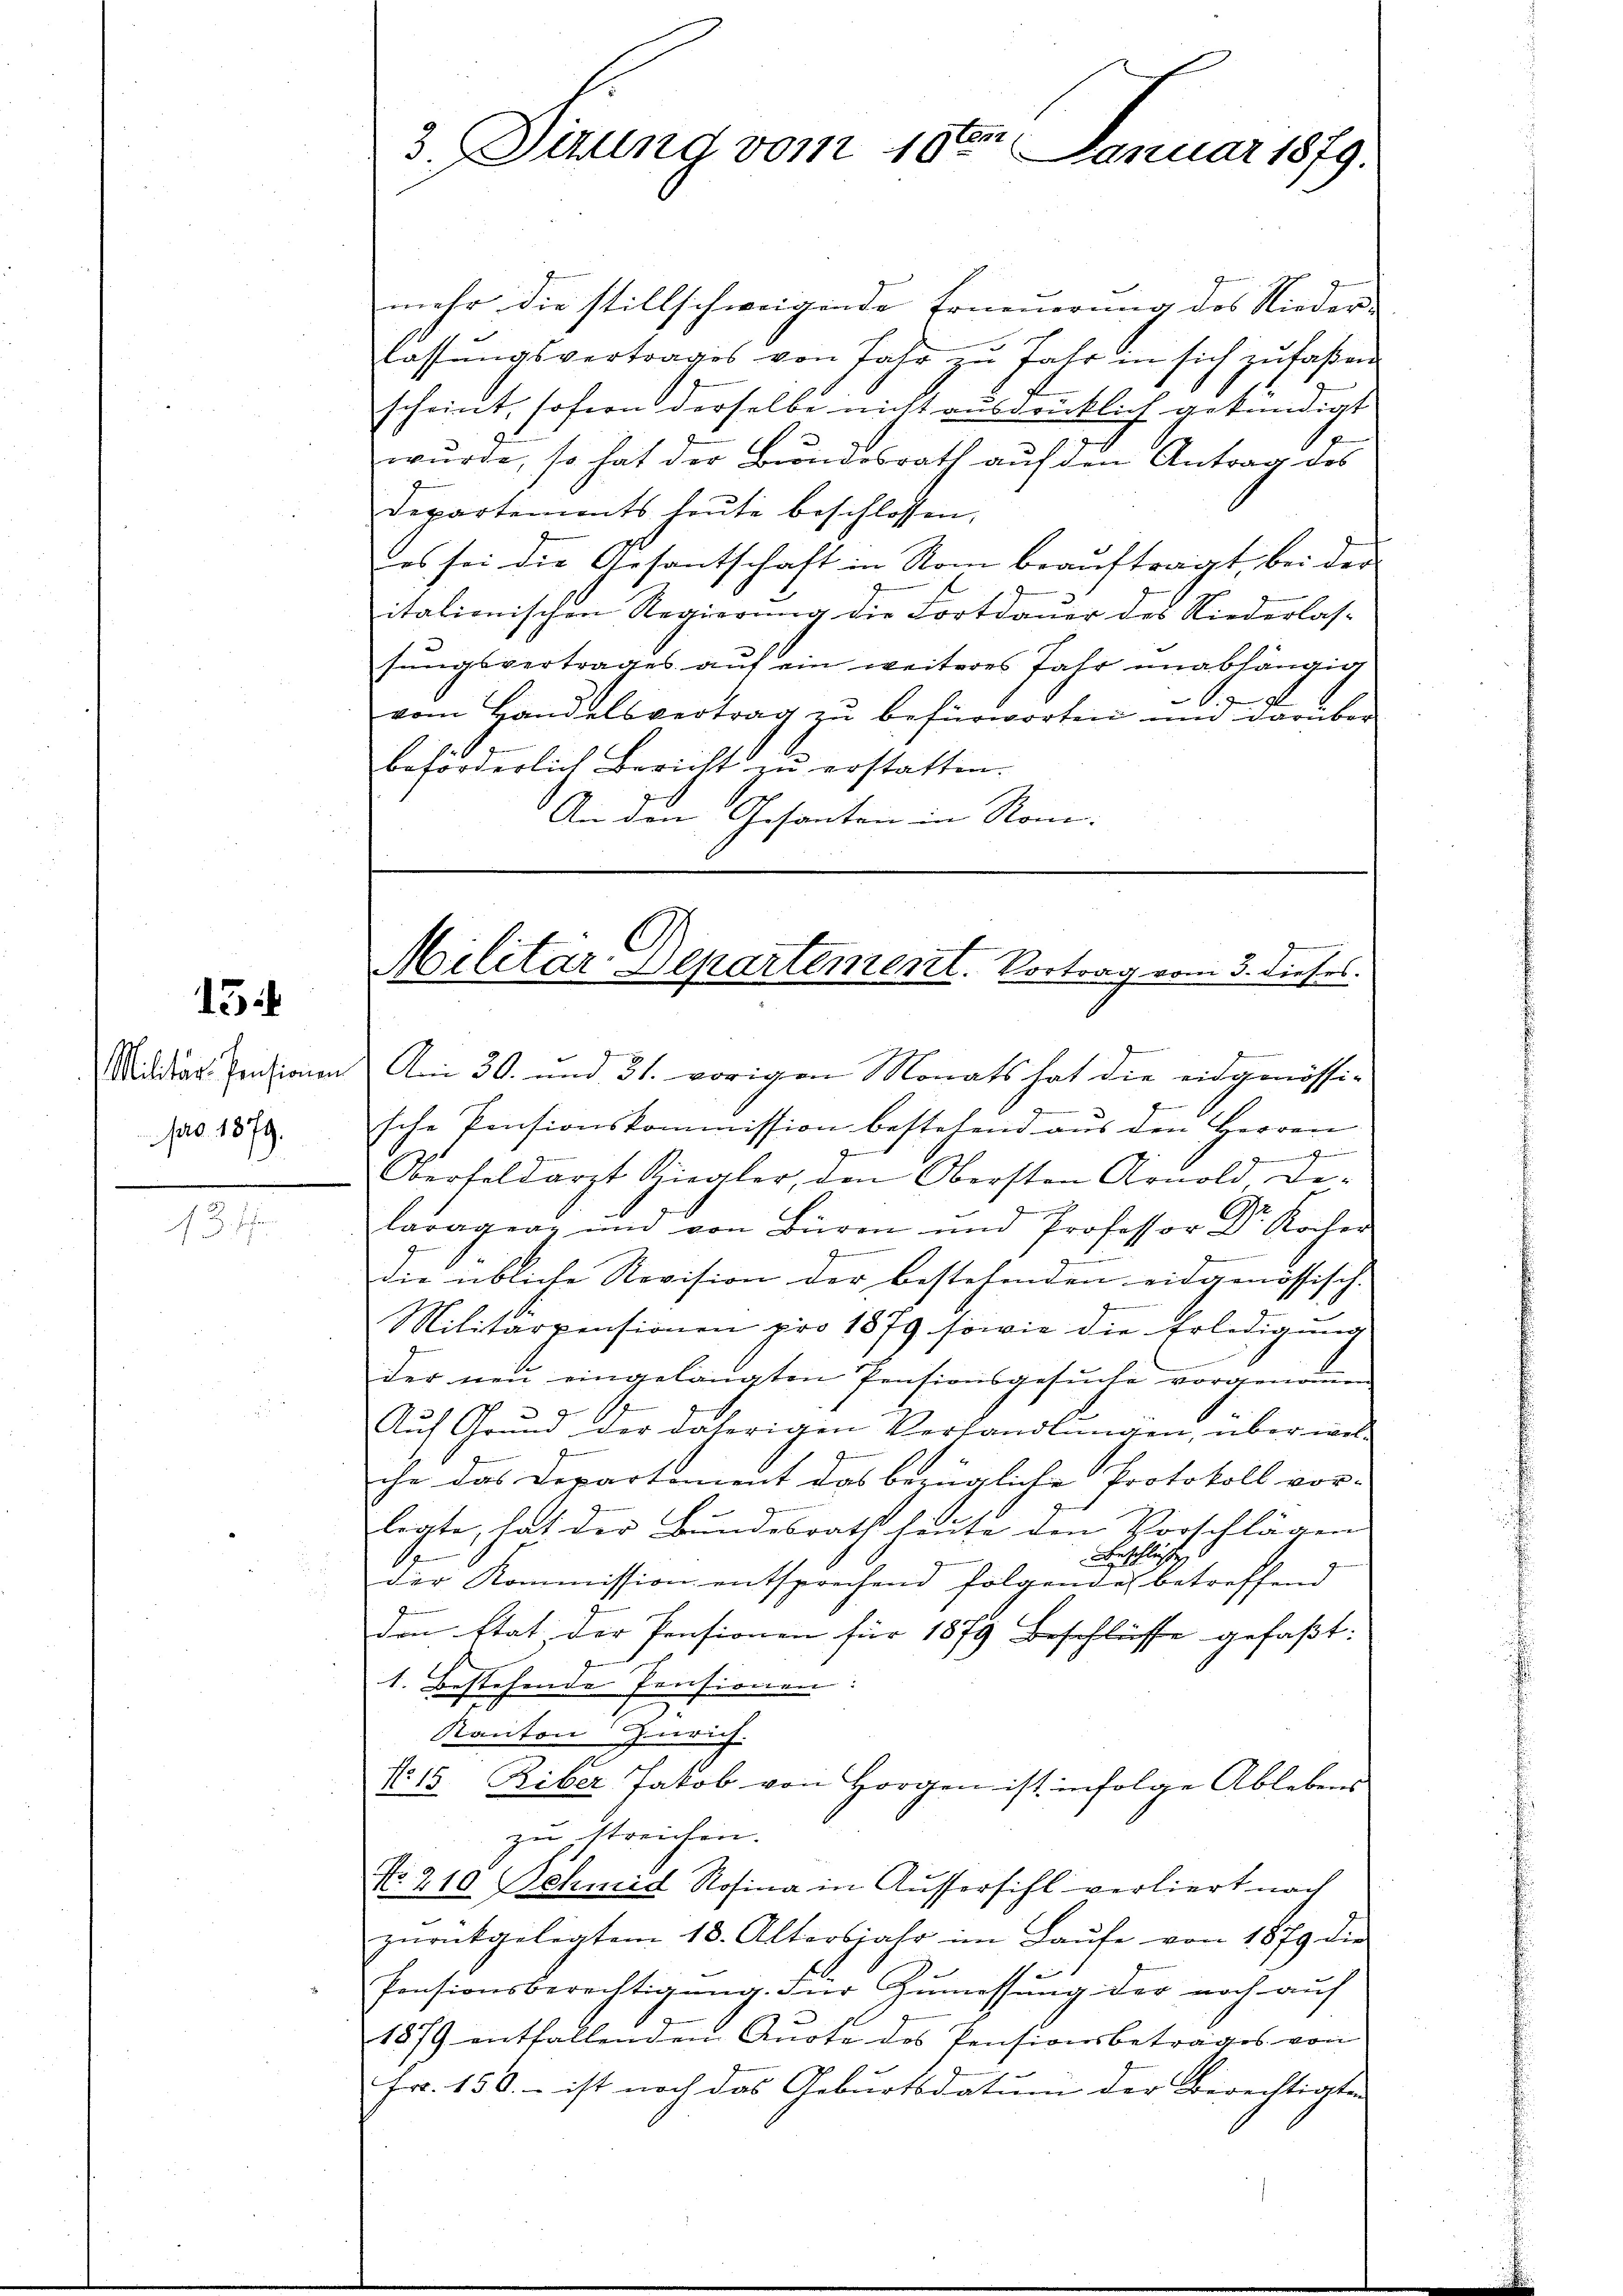
13

pro 1879.

13 f

E
3. Situng vom 10. Januar 1879.

mehr die stillschweigende Erneuerung des Nieder-
lassŭngsvertrages von Jahr zu Jahr in sich zufaßen
scheint, sofern derselbe nicht ausdrücklich gekündigt
wurde, so hat der Bundesrath auf den Antrag des
Departements heŭte beschlossen,
es sei die Gesantschaft in Nom beauftragt, bei der
italienischen Regierung die Fortdauer des Niederlas-
sungsvertrages auf ein weiteres Jahr unabhängig
.
vom Handelsvertrag zŭ befürworten und darüber
beförderlich Bericht zu erstatten.
An den Gesanten in Rom.

7
Militar Departement. Vortrag vom 3. dieses.

Militar-Pensionen Am 30. und 31. vorigen Monats hat die eidgenössi-
sche Pensionskommission bestehend aus den Herren

Oberfeldarzt Kiegler, den Obersten Arnold Delaragen, und von Büren und Professor Dr. Kocher
.
E
die übliche Revision der bestehenden eidgenössisch-
Militärpensionen pro 1879 sowie die Erledigung
der neu eingelangten Pensionsgesuche vorgenomen
Auf Grund der daherigen Verhandlungen, über wis
che das Departement das bezügliche Protokoll vor-
legte, hat der Bundesrath heute den Vorschlägen |
Beschliessen
1
der Kommission entsprechend folgende betreffend
den Etat, der Pensionen für 1879 Beschlüsse gefaßt:
1. bestehende Pensionen:
Kanton Zürich.
No 15 Riber Jakob von Horgen ist infolge Ablebens
zu streichen.
No. 210. Schmid Rosina in Aussersihl verliert nach
zŭrückgelegtem 18. Altersjahr im Laŭfe von 1879 die
Pensionsberechtigŭng. Für Zumessung der noch auf
1879 entfallenden Quote des Pensionsbetrages von
Fr. 150.- ist noch das Gebŭrtsdatŭm der berechtigten